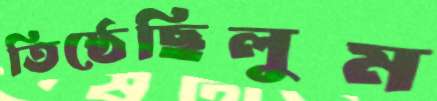
তিষ্ঠেছিলুম